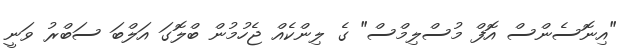
"އިނޮސެންސް އޮފް މުސްލިމްސް" ގެ ލިންކެއް ޖެހުމުން ބްލޮގަ އަލްބަ ސަބްރު ވަނީ